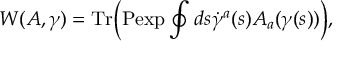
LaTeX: W ( A , \gamma ) = \mathrm { T r } \biggr ( \mathrm { P e x p } \oint d s \dot { \gamma } ^ { a } ( s ) A _ { a } ( \gamma ( s ) ) \biggr ) ,